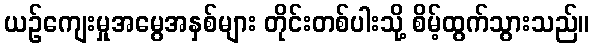
ယဉ်ကျေးမှုအမွေအနှစ်များ တိုင်းတစ်ပါးသို့ စိမ့်ထွက်သွားသည်။